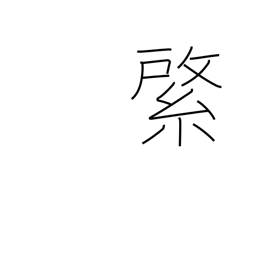
Meaning: emblem on banner